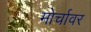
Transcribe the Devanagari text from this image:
मोर्चावर